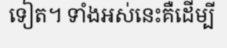
ទៀត។ ទាំងអស់នេះគឺដើម្បី